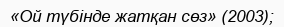
«Ой түбінде жатқан сөз» (2003);